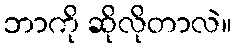
ဘာကို ဆိုလိုတာလဲ။